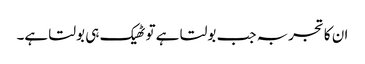
ان کا تجربہ جب بولتا ہے تو ٹھیک ہی بولتا ہے۔